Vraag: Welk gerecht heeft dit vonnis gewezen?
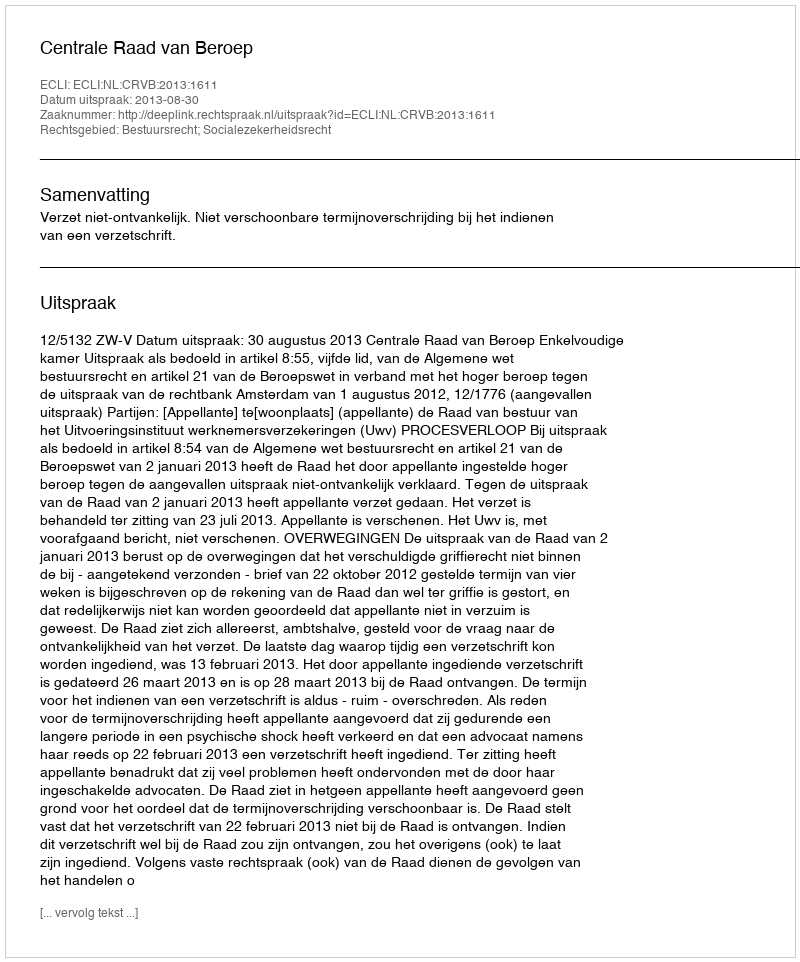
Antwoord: Centrale Raad van Beroep